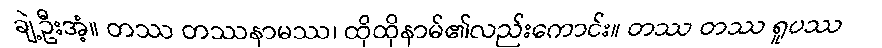
ချဲ့ဦးအံ့။ တဿ တဿနာမဿ၊ ထိုထိုနာမ်၏လည်းကောင်း။ တဿ တဿ ရူပဿ